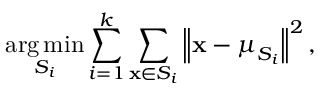
\underset { S _ { i } } { \arg \operatorname* { m i n } } \sum _ { i = 1 } ^ { k } \sum _ { \mathbf { x } \in S _ { i } } \left\| \mathbf { x } - \boldsymbol { \mu } _ { S _ { i } } \right\| ^ { 2 } ,